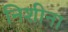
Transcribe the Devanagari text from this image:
निशीना